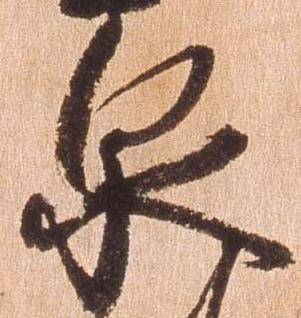
泉